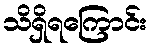
သိရှိရကြောင်း